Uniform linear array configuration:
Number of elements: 16
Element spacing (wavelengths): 0.25
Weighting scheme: blackman
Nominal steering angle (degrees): -30
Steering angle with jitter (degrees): -29.469
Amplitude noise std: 0.05
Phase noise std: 0.05

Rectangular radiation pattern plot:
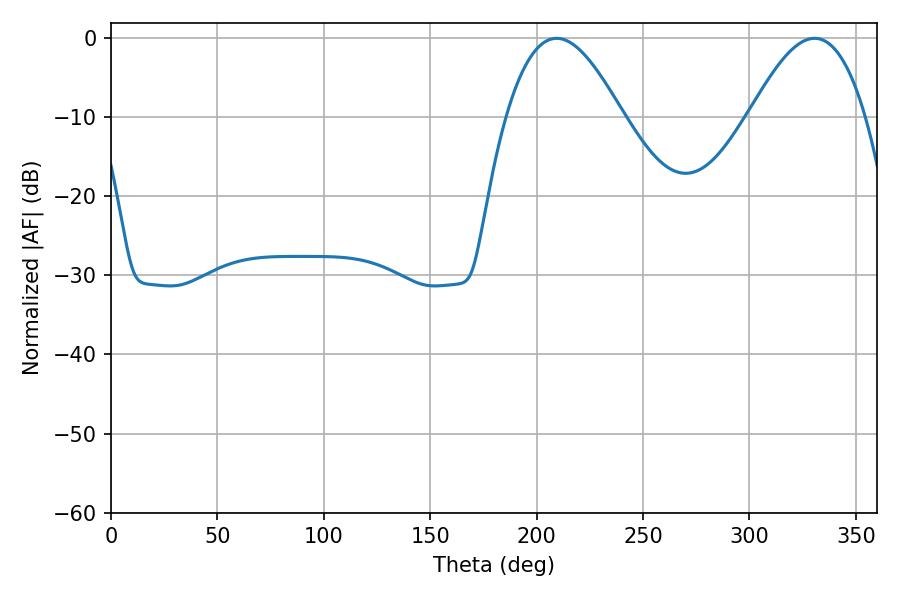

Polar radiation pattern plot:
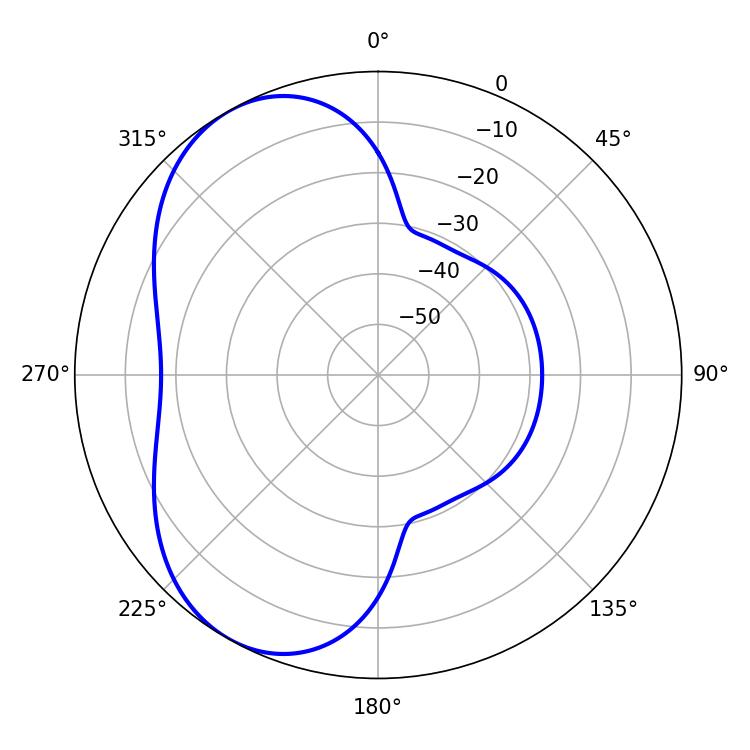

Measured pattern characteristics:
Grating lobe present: FALSE
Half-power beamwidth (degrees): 29.7
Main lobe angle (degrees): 209.34